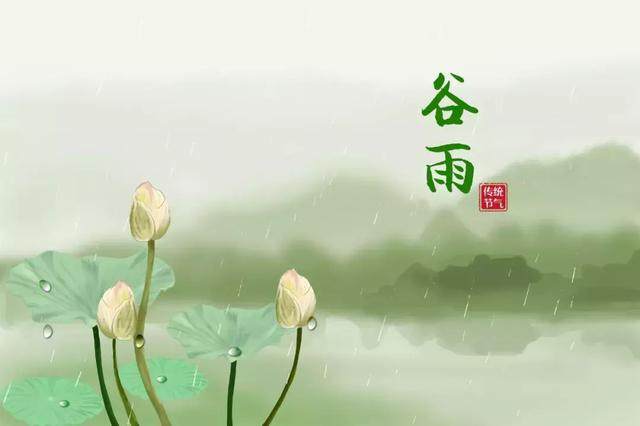
穆湖莲叶小于钱，卧柳虽多不碍船。